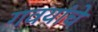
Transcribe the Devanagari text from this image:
गवयांचे